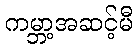
ကမ္ဘာ့အဆင့်မီ